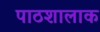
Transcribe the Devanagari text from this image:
पाठशालाक